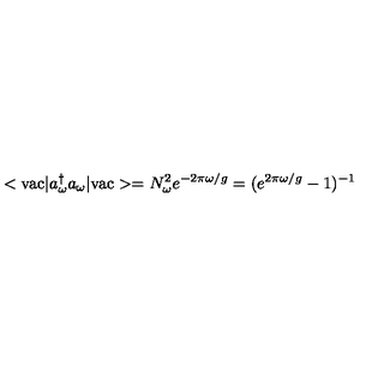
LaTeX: < \mathrm { v a c } | a _ { \omega } ^ { \dagger } a _ { \omega } | \mathrm { v a c } > = N _ { \omega } ^ { 2 } e ^ { - 2 \pi \omega / g } = ( e ^ { 2 \pi \omega / g } - 1 ) ^ { - 1 }